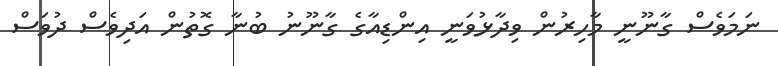
ނަމަވެސް ގާނޫނީ މާހިރުން ވިދާޅުވަނީ އިންޑިއާގެ ގާނޫނު ބުނާ ގޮތުން އަދިވެސް ދުވަސް